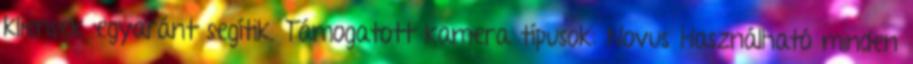
kliensek egyaránt segítik. Támogatott kamera típusok: Novus Használható minden